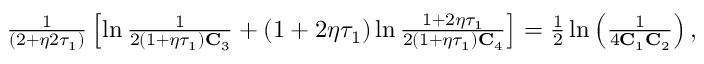
\begin{array} { r } { \frac { 1 } { ( 2 + \eta 2 \tau _ { 1 } ) } \left[ \ln \frac { 1 } { 2 ( 1 + \eta \tau _ { 1 } ) \mathbf { C } _ { 3 } } + ( 1 + 2 \eta \tau _ { 1 } ) \ln \frac { 1 + 2 \eta \tau _ { 1 } } { 2 ( 1 + \eta \tau _ { 1 } ) \mathbf { C } _ { 4 } } \right] = \frac { 1 } { 2 } \ln \left( \frac { 1 } { 4 \mathbf { C } _ { 1 } \mathbf { C } _ { 2 } } \right) , } \end{array}